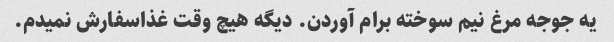
یه جوجه مرغ نیم سوخته برام آوردن. دیگه هیچ وقت غذاسفارش نمیدم.